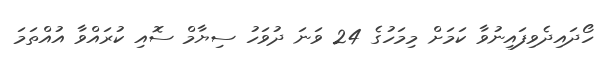
ހޯދައިދެވިފައިނުވާ ކަމަށް މިމަހުގެ 24 ވަނަ ދުވަހު ސިޔާމް ސޮއި ކުރައްވާ އުއްތަމަ